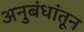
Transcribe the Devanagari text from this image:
अनुबंधांतून